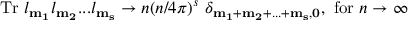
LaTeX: \mathrm { T r } ~ l _ { \bf m _ { 1 } } l _ { \bf m _ { 2 } } . . . l _ { \bf m _ { s } } \rightarrow n ( n / 4 \pi ) ^ { s } ~ \delta _ { \bf m _ { 1 } + m _ { 2 } + . . . + m _ { s } , 0 } , ~ \mathrm { f o r } ~ n \rightarrow \infty